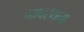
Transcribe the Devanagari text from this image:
व्यवस्थता